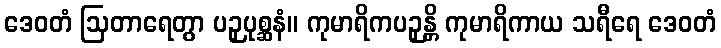
ဒေဝတံ ဩတာရေတွာ ပဉှပုစ္ဆနံ။ ကုမာရိကပဉှန္တိ ကုမာရိကာယ သရီရေ ဒေဝတံ